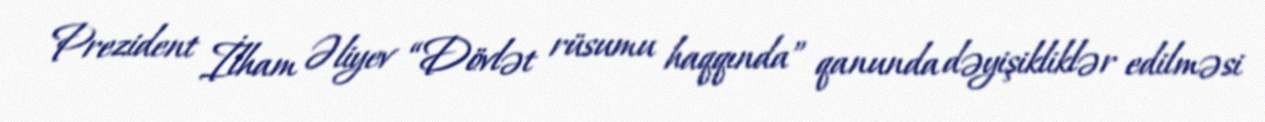
Prezident İlham Əliyev “Dövlət rüsumu haqqında” qanunda dəyişikliklər edilməsi